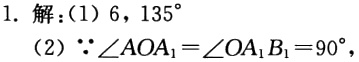
1. 解：(1) 6，$135^{\circ}$

(2) $\because\angle AOA_{1}=\angle OA_{1}B_{1}=90^{\circ}$，